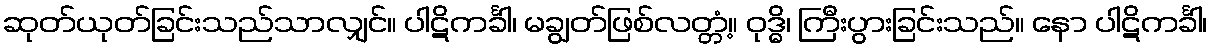
ဆုတ်ယုတ်ခြင်းသည်သာလျှင်။ ပါဋိကင်္ခါ၊ မချွတ်ဖြစ်လတ္တံ့။ ဝုဒ္ဓိ၊ ကြီးပွားခြင်းသည်။ နော ပါဋိကင်္ခါ၊